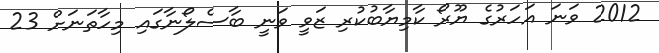
2012 ވަނަ އަހަރުގެ ޔޫރޯ ކާމިޔާބުކުރި ޒަވީ ވަނީ ބާސެލޯނާގައި މިހާތަނަށް 23